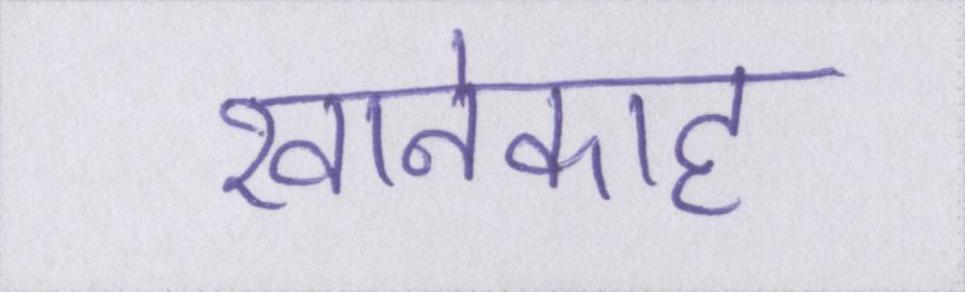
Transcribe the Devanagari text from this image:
खानेकाह